Report on the lunatic asylums under the Government of Bombay - 1904-1913
Year: 1904
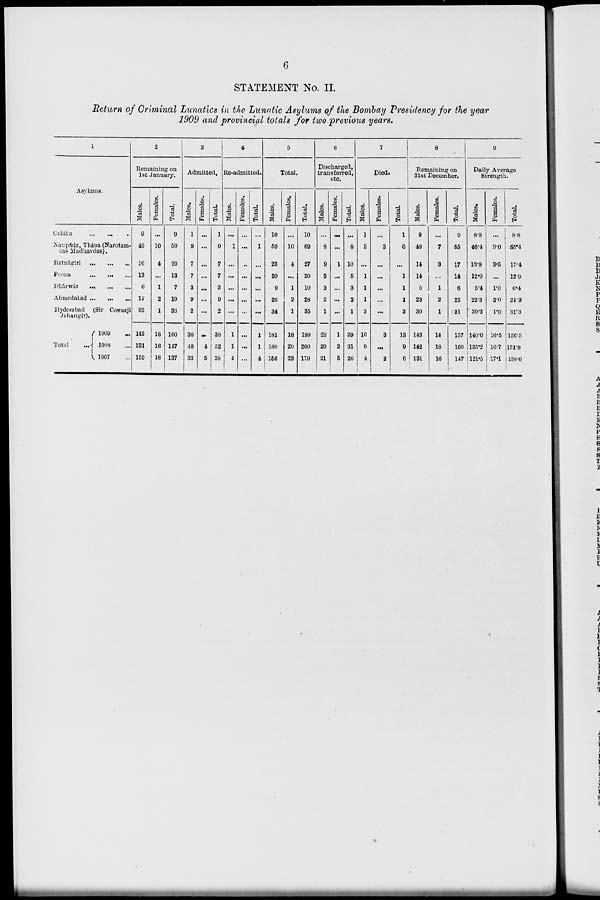
6
STATEMENT No. II.
Return of Criminal Lunatics in the Lunatic Asylums of the Bombay Presidency for the year
1909 and provincial totals for two previous years.
1
Asylums.
Colába ... ... ...
Naupáda, Thána (Narotam-
das Madhavdas).
Ratnágiri ... ... ...
Poona ... ... ...
Dhárwár ... ... ...
Ahmedabad ... ... ...
Hyderabad (Sir Cowasji
Jehangir).
Total
...
1909 ...
1908 ...
1907 ...
2
Remaining on
1st January.
Males.
9
49
16
13
6
17
32
142
131
119
Females.
...
10
4
...
1
2
1
18
16
18
Total.
9
59
20
13
7
19
33
160
147
137
3
Admitted.
Males.
1
9
7
7
3
9
2
38
48
33
Females.
...
...
...
...
...
...
...
...
4
5
Total.
1
9
7
7
3
9
2
38
52
38
4
Re-admitted.
Males.
...
1
...
...
...
...
...
1
1
4
Females.
...
...
...
...
...
...
...
...
...
...
Total.
...
1
...
...
...
...
...
1
1
4
5
Total.
Males.
10
59
23
20
9
26
34
181
180
156
Females.
...
10
4
...
1
2
1
18
20
23
Total.
10
69
27
20
10
28
35
199
200
179
6
Discharged,
transferred,
etc.
Males.
...
8
9
5
3
2
1
28
29
21
Females.
...
...
1
...
...
...
...
1
2
5
Total.
...
8
10
6
3
3
1
29
31
26
7
Died.
Males.
1
3
...
1
1
1
3
10
9
4
Females.
...
3
...
...
...
...
...
3
...
2
Total.
1
6
...
1
1
1
3
13
9
6
8
Remaining on
31st December.
Males.
9
48
14
14
5
23
30
143
142
131
Females.
...
7
3
...
1
2
1
14
18
16
Total.
9
65
17
14
6
25
31
157
160
147
9
Daily Average
Strength.
Males.
8.8
46.4
13.9
12.9
5.4
22.3
30.3
140.0
135.2
121.5
Females.
...
9.0
3.5
...
1.0
2.0
1.0
16.5
16.7
17.1
Total.
8.8
55.4
17.4
12.9
6.4
24.3
31.3
156.5
151.9
138.6